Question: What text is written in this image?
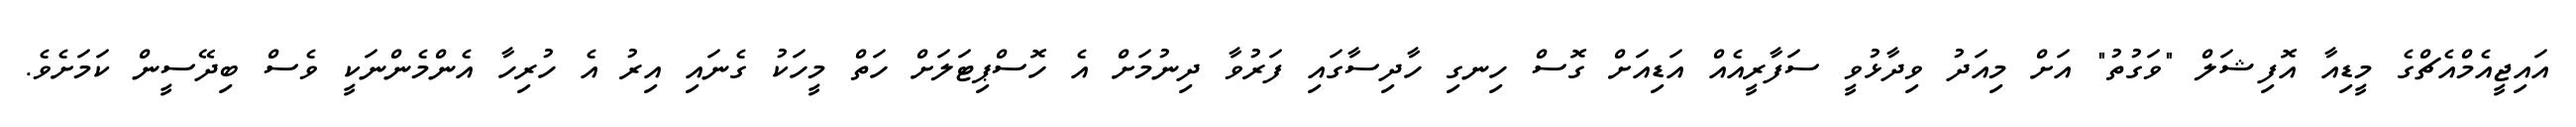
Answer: އައިޖީއެމްއެޗްގެ މީޑިއާ އޮފިޝަލް "ވަގުތު" އަށް މިއަދު ވިދާޅުވީ ސަފާރީއެއް އަޑިއަށް ގޮސް ހިނގި ހާދިސާގައި ފަރުވާ ދިނުމަށް އެ ހޮސްޕިޓަލަށް ހަތް މީހަކު ގެނައި އިރު އެ ހުރިހާ އެންމެންނަކީ ވެސް ބިދޭސީން ކަމަށެވެ.